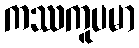
ကဿကူပမာ